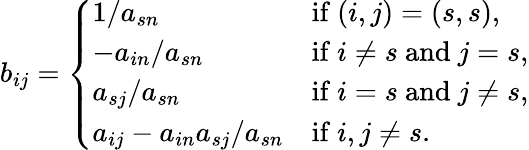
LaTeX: b_{ij}=\left\{ \begin{array}{ll}{1/a_{sn}}&{\mathrm{if~}(i,j)=(s,s),}\\ {-a_{in}/a_{sn}}&{\mathrm{if~}i\neq s\mathrm{~and~}j=s,}\\ {a_{sj}/a_{sn}}&{\mathrm{if~}i=s\mathrm{~and~}j\neq s,}\\ {a_{ij}-a_{in}a_{sj}/a_{sn}}&{\mathrm{if~}i,j\neq s.}\end{array}\right.